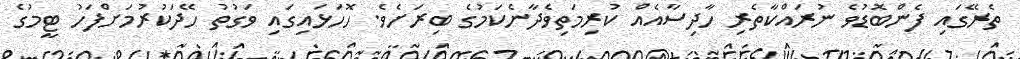
ތެރޭގައި ފެންބޮޑުވެ ނުރައްކާތެރި ހާދިސާއެއް ކުރިމަތިވެދާނެކަމުގެ ބިރަށެވެ. ހޮހަޅައިގައި ވަގުތު ހޭދަކުރުމަށްފަހު ޓީމުގެ